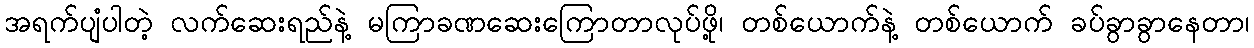
အရက်ပျံပါတဲ့ လက်ဆေးရည်နဲ့ မကြာခဏဆေးကြောတာလုပ်ဖို့၊ တစ်ယောက်နဲ့ တစ်ယောက် ခပ်ခွာခွာနေတာ၊